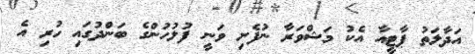
އަދާލަތު ޕާޓީއާ އެކު މަޝްވަރާ ނުފެށި ވަނީ ފުލުހުންގެ ބަންދުގައި ހުރި އެ